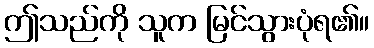
ဤသည်ကို သူက မြင်သွားပုံရ၏။